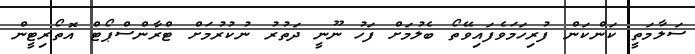
ސަލާމަތީ ކަންކަން ފުރިހަމަވެފައިވޭތޯ ބެލުމަށް ފަހު ނޫނީ ދަތުރު ނުކުރުމަށް ޓްރާންސްޕޯޓް އޮތޯރިޓީން